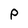
Character: p